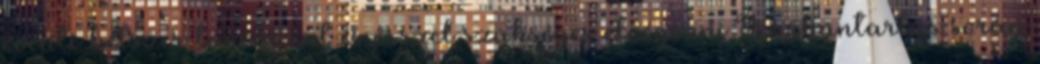
évente kétszer tavasszal és ősszel szükséges elvégezni Karbantartás során